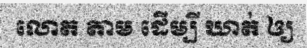
លោត តាម ដើម្បី ឃាត់ ឲ្យ